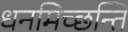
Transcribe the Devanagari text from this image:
धनमिच्छन्ति